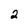
Character: 2